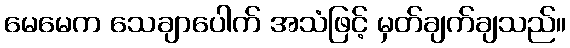
မေမေက သေချာပေါက် အသံဖြင့် မှတ်ချက်ချသည်။